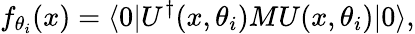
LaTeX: f_{\theta_{i}}(x)=\langle 0|U^{\dagger}(x,\theta_{i}){M}U(x,\theta_{i})|0\rangle,